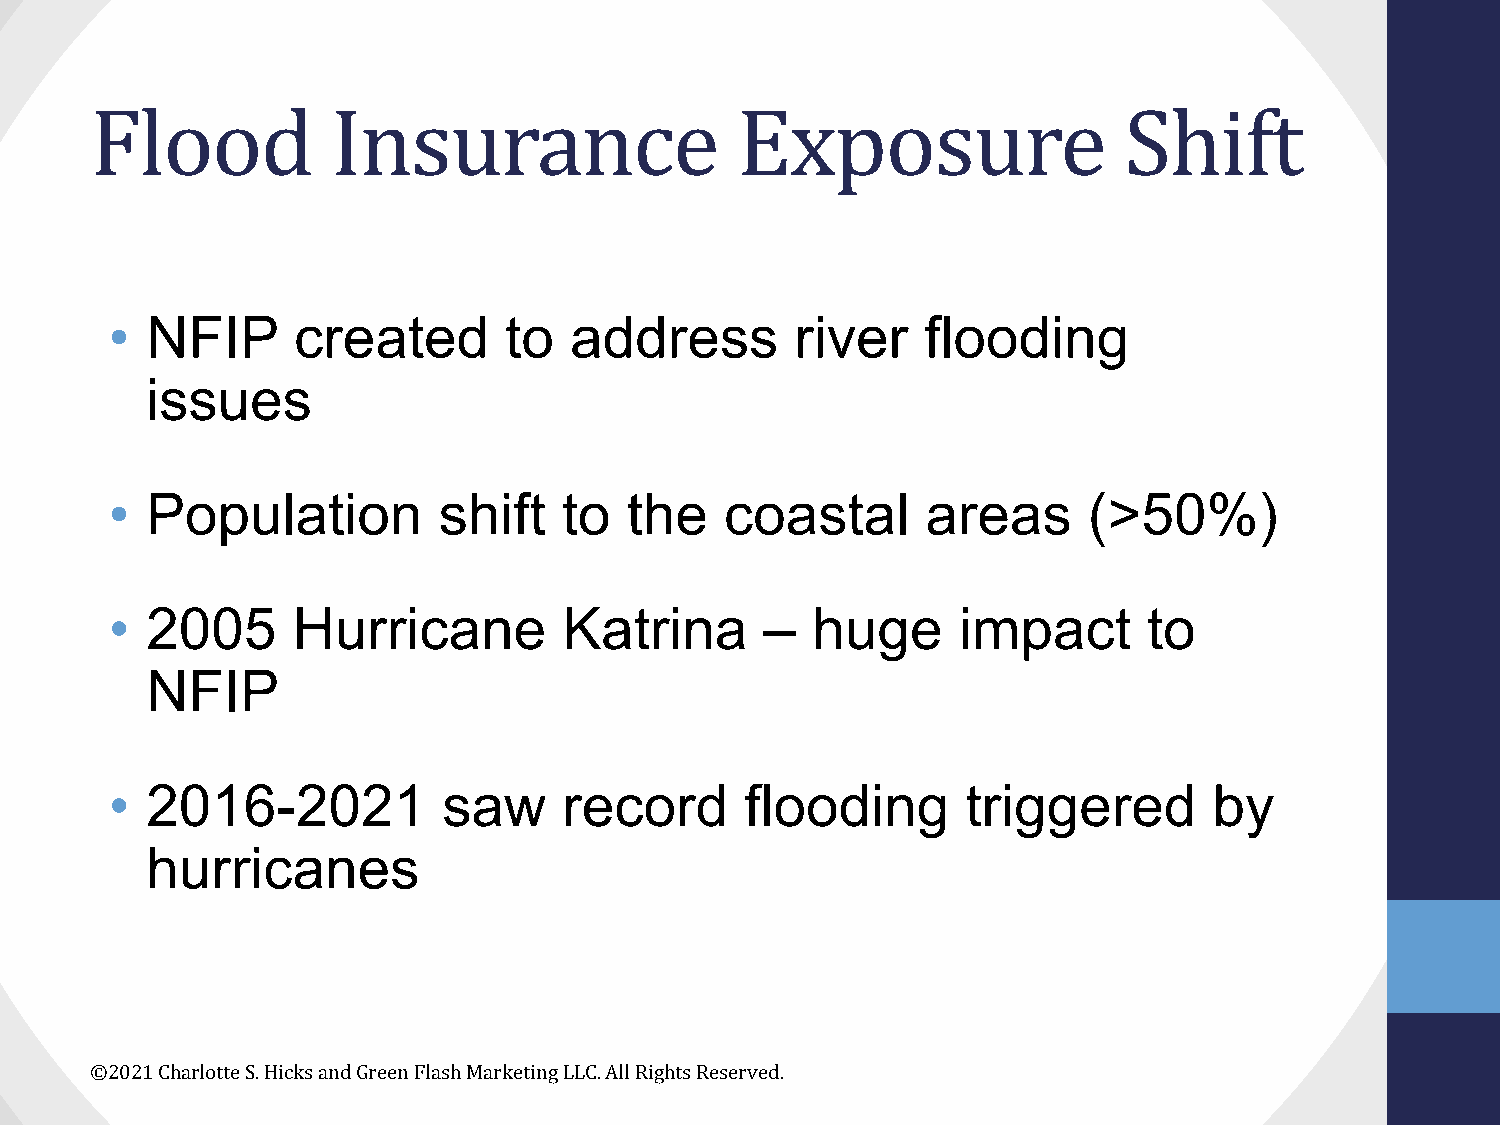
Flood           Insurance                  Exposure                 Shift
 •  NFIP     created       to   address        river   flooding
 issues
 •  Population         shift   to  the    coastal      areas      (>50%)
 •  2005     Hurricane         Katrina       –  huge     impact       to
 NFIP
 •  2016-2021          saw     record      flooding       triggered       by
 hurricanes
 ©2021 Charlotte S. Hicks and Green Flash Marketing LLC. All Rights Reserved.